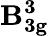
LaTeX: \mathbf{B_{3g}^{3}}